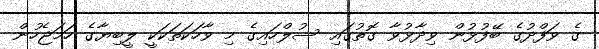
ގެ ވަފްދުގެ ބޭފުޅުން ވިދާޅުވާ ގޮތުގައި ސުލްހައިގެ މި ވާހަކަތަކަކީ ލީބިޔާގެ ހަމަޖެހުން